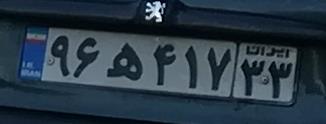
۹۶ه۴۱۷۳۳